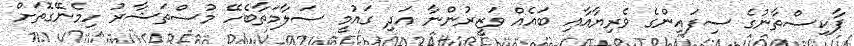
ޕާކިސްތާނުގެ ސިފައިންގެ ވެރިޔާއާއި ބައެއް ވަޒީރުންނާ އަދި ގައުމީ ސަލާމަތާބެހޭ މުސްތަޝާރު ހިމެނޭގޮތަށް